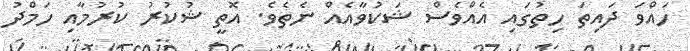
ހައްވަ ދައިތަ ހިތުގައި އެއްވެސް ޝަކުވާއެއް ނެތެވެ. އޮތީ ޝުކުރު ކުރުމާއި ހަމްދު